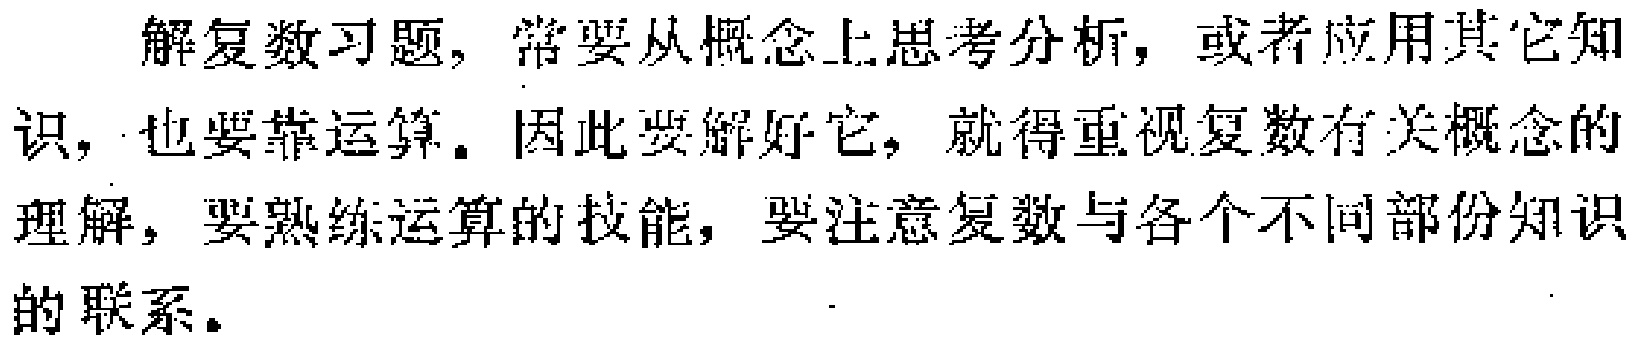
解复数习题，常要从概念上思考分析，或者应用其它知识，也要靠运算。因此要解好它，就得重视复数有关概念的理解，要熟练运算的技能，要注意复数与各个不同部份知识的联系。